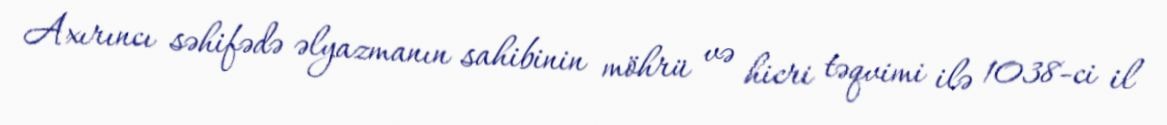
Axırıncı səhifədə əlyazmanın sahibinin möhrü və hicri təqvimi ilə 1038-ci il